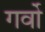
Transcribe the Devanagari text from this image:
गर्वो